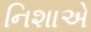
નિશાએ